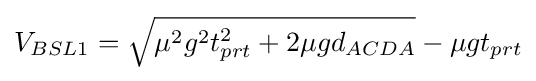
V_{BSL1}={\sqrt {\mu ^{2}g^{2}t_{prt}^{2}+2\mu gd_{ACDA}}}-\mu gt_{prt}